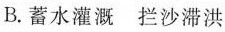
B.蓄水灌溉 拦沙滞洪